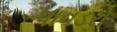
પાવડરો